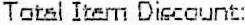
TOTAL ITEM DISCOUNT: